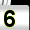
Digit: 3